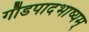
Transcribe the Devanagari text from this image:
गौडपादभाष्‍यम्